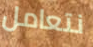
نتعامل